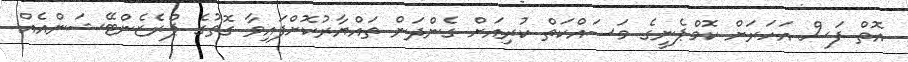
އޮތް ފަސް އަހަރަށް ކޮމްޕެނީގެ މަސައްކަތް ކުރިއަށް ގެންދަން ތައްޔާރުކޮށްފައިވާ ގޮތުގެ ޕްރެޒެންޓޭޝަންއެއް